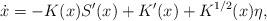
LaTeX: \begin{align*}\dot{x}=-K(x)S'(x)+K'(x)+K^{1/2}(x)\eta,\end{align*}